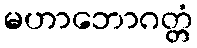
မဟာဘောဂတ္တံ